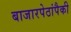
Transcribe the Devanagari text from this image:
बाजारपेठांपैकी